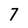
Character: 7